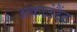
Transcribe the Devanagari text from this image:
अकाउंटैंट